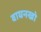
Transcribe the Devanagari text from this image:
वाघनखो